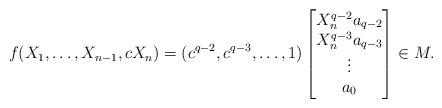
LaTeX: \begin{align*}f(X_1,\dots,X_{n-1},cX_n)=(c^{q-2},c^{q-3},\dots,1)\left[\begin{matrix}X_n^{q-2}a_{q-2}\cr X_n^{q-3}a_{q-3}\cr \vdots\cr a_0\end{matrix}\right]\in M.\end{align*}